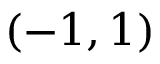
( - 1 , 1 )